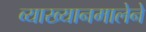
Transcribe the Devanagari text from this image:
व्याख्यानमालेने